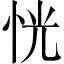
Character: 恍